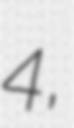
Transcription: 4,